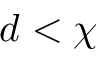
d < \chi